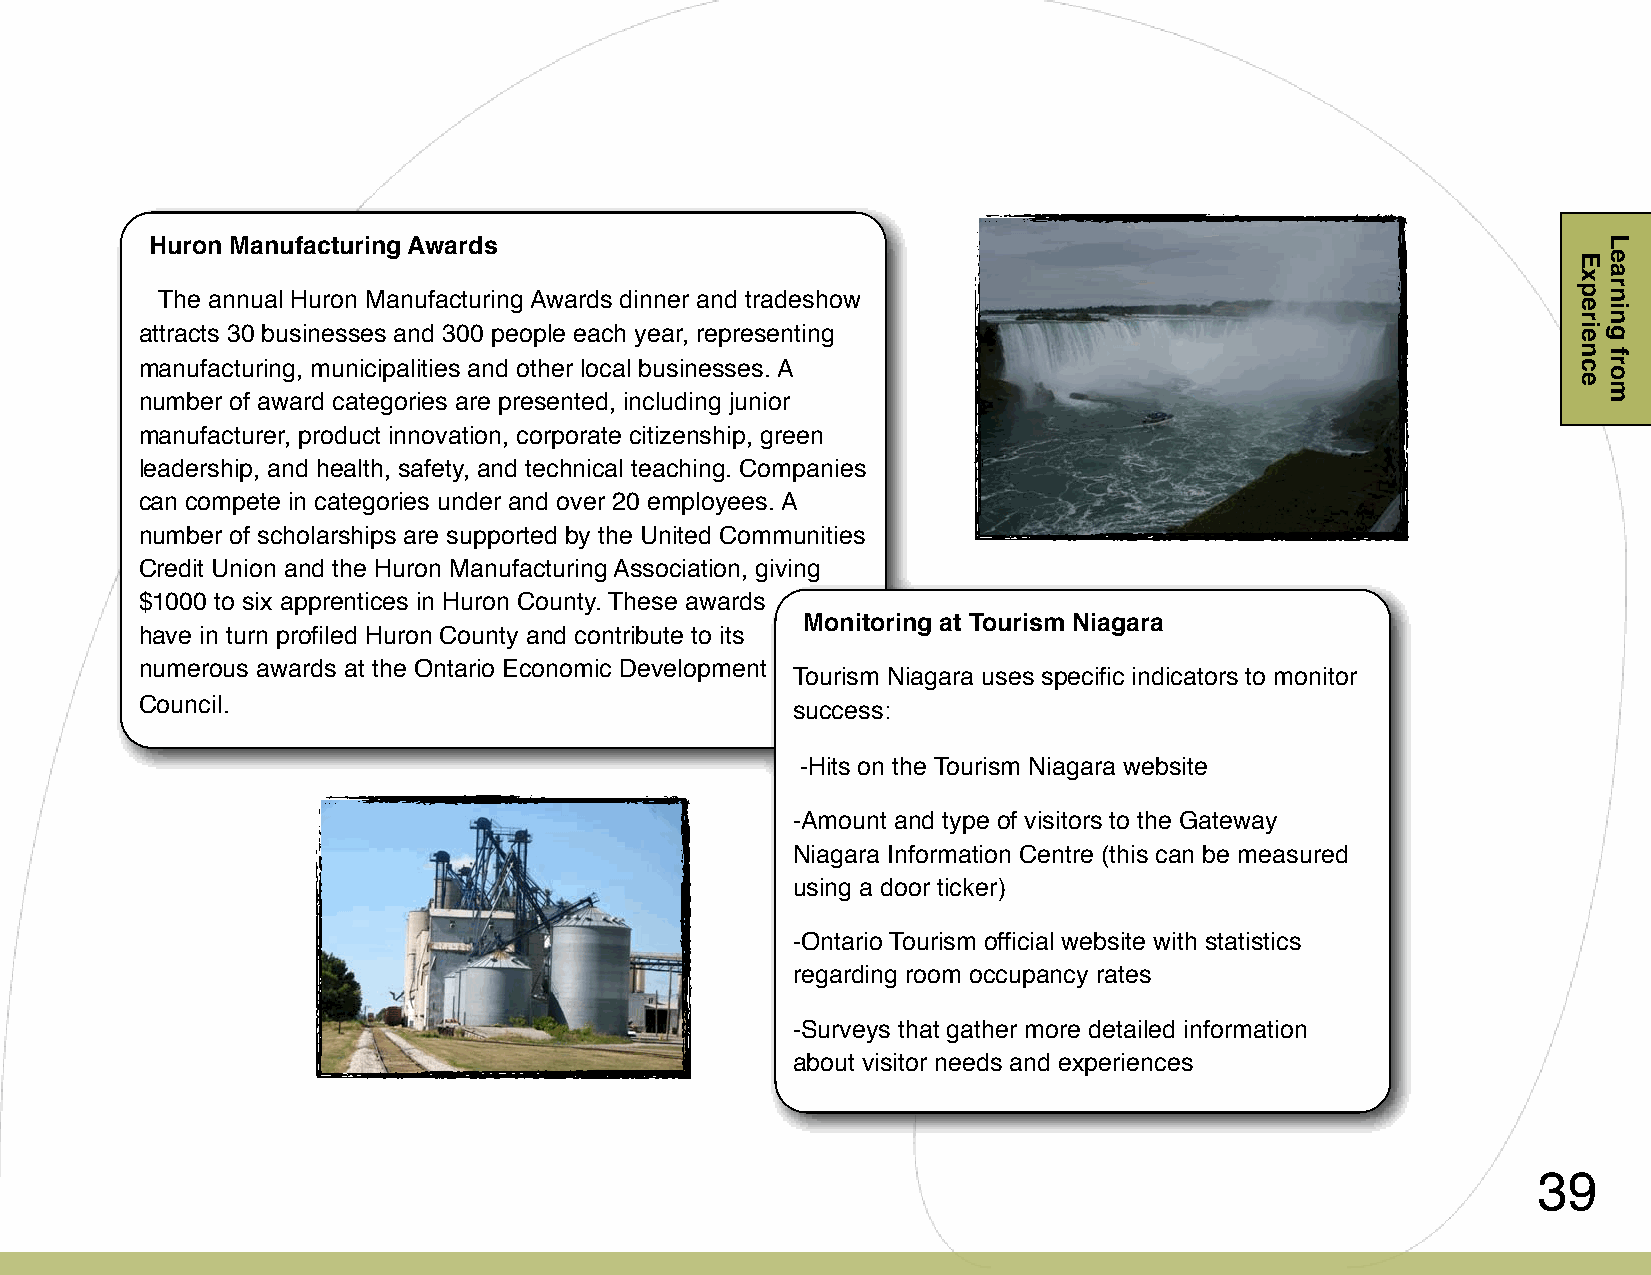
Huron Manufacturing Awards
 The annual Huron Manufacturing Awards dinner and tradeshow
 attracts 30 businesses and 300 people each year, representing
 manufacturing, municipalities and other local businesses. A
 number of award categories are presented, including junior
 manufacturer, product innovation, corporate citizenship, green
 leadership, and health, safety, and technical teaching. Companies
 can compete in categories under and over 20 employees. A
 number of scholarships are supported by the United Communities
 Credit Union and the Huron Manufacturing Association, giving
 $1000 to six apprentices in Huron County. These awards
 Monitoring at Tourism Niagara
 have in turn profiled Huron County and contribute to its
 numerous awards at the Ontario Economic Development
 Tourism Niagara uses specific indicators to monitor
 Council.                                   success:
 -Hits on the Tourism Niagara website
 -Amount and type of visitors to the Gateway
 Niagara Information Centre (this can be measured
 using a door ticker)
 -Ontario Tourism official website with statistics
 regarding room occupancy rates
 -Surveys that gather more detailed information
 about visitor needs and experiences
 39
 Experience
 Learning
 from